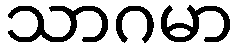
သာဂမာ